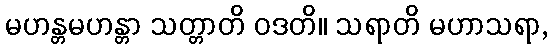
မဟန္တမဟန္တာ သတ္တာတိ ဝဒတိ။ သရာတိ မဟာသရာ,